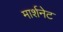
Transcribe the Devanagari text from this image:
मार्शनेट